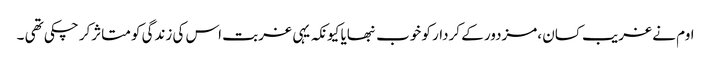
اوم نے غریب کسان ،مزدور کے کردار کو خوب نبھایا کیونکہ یہی غربت اس کی زندگی کو متاثرکر چکی تھی ۔